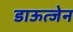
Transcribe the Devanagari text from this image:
डाऊत्जेन